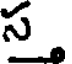
స